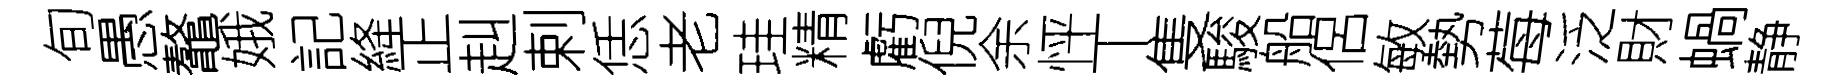
旬愚鼇娥記絳正赳剌恁老珪精虧倪余怦丅隻駿船侶敏勢莓泛財蝸静